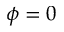
\phi = 0